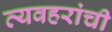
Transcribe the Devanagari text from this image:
व्यवहरांची